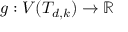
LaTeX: g : V ( T _ { d , k } ) \rightarrow \mathbb { R }